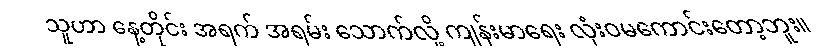
သူဟာ နေ့တိုင်း အရက် အရမ်း သောက်လို့ ကျန်းမာရေး လုံးဝမကောင်းတော့ဘူး။